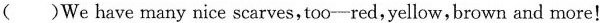
( )We have many nice scarves, too-red,yellow, brown and more!